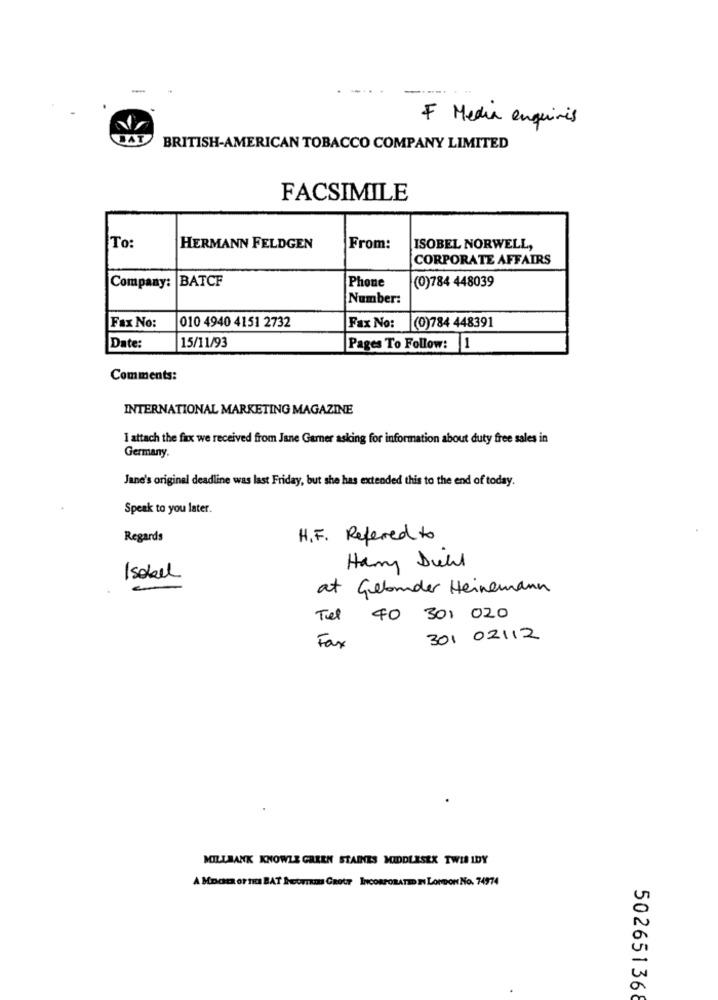
-
F Media enquinis
DAT
BRITISH-AMERICAN TOBACCO COMPANY LIMITED
FACSIMILE
To:
HERMANN FELDGEN
From:
ISOBEL NORWELL,
CORPORATE AFFAIRS
Company: BATCF
Phone
(0)784 448039
Number:
010 4940 4151 2732
Fax No:
Fax No:
(0)784 448391
15/11/93
Date:
Pages To Follow: 1
Comments:
INTERNATIONAL MARKETING MAGAZINE
I attach the fax we received from Jane Garner asking for information about duty free sales in
Germany.
Jane's original deadline was last Friday, but she has extended this to the end of today.
Speak to you later.
Regards
H. F. Refered to
Hany Duell
Isabel
at Gebander Heinemann
Tel 40 301 020
301 02112
Fax
MILLBANK KNOWLE GREEN STAINES MIDDLESEX TWIN IDY
A MOCI or no BAT Hooman GROUP INCORPORATED IN LONDON NO. 74974
502651368